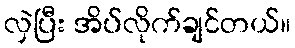
လှဲပြီး အိပ်လိုက်ချင်တယ်။